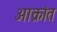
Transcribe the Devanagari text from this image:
अाक्रांत